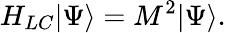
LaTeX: H_{LC}\vert\Psi\rangle=M^{2}\vert\Psi\rangle.